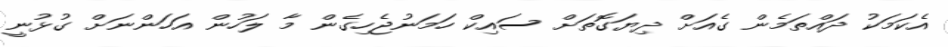
އެކަމަކު ދައްތަމެން ގެއަށް ދިޔަގޮތަށް ސައިކް ހަމަނުޖެހިގެން މާ ލަހުން އަހަންނަށް ގުޅުނީ